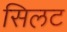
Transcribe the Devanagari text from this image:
सिलट